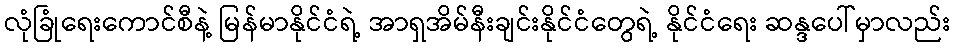
လုံခြုံရေးကောင်စီနဲ့ မြန်မာနိုင်ငံရဲ့ အာရှအိမ်နီးချင်းနိုင်ငံတွေရဲ့ နိုင်ငံရေး ဆန္ဒပေါ်မှာလည်း